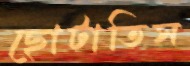
ছোটাতিস